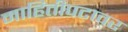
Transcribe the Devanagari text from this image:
माहितीपटावर